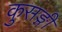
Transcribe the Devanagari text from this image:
कुसङ्गी